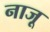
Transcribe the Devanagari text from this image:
नाजू